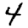
Digit: 4